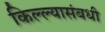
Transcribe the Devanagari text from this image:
किल्ल्यासंबधी